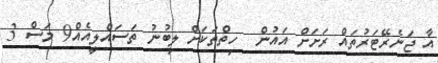
އާ ޖަނެރޭޓަރުތައް ރަށަށް އައުން  ހިތްތަކަށް ލިބުނު ތަސައްލީއެއް9 މަސް 3